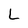
Character: L